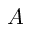
A